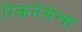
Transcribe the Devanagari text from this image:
रिकनेसेन्स